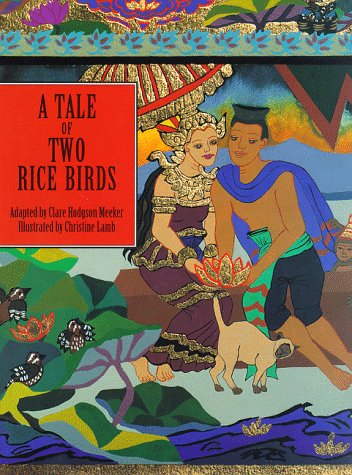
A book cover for A Tale of Two Rice Birds: A Folktale from Thailand; Clare Hodgson Meeker; Children's Books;